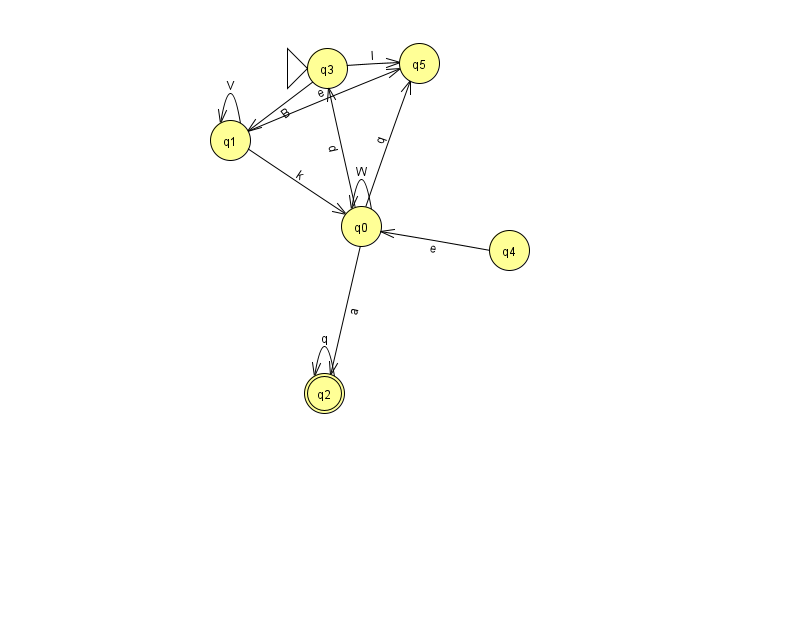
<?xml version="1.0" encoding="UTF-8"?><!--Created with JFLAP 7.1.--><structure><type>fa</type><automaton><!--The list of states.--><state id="0" name="q0"><x>361.0</x><y>213.0</y></state><state id="1" name="q1"><x>230.0</x><y>127.0</y></state><state id="2" name="q2"><x>324.0</x><y>380.0</y><final/></state><state id="3" name="q3"><x>327.0</x><y>55.0</y><initial/></state><state id="4" name="q4"><x>509.0</x><y>237.0</y></state><state id="5" name="q5"><x>419.0</x><y>50.0</y></state><!--The list of transitions.--><transition><from>2</from><to>2</to><read>q</read></transition><transition><from>3</from><to>5</to><read>I</read></transition><transition><from>1</from><to>1</to><read>V</read></transition><transition><from>0</from><to>0</to><read>W</read></transition><transition><from>0</from><to>5</to><read>q</read></transition><transition><from>1</from><to>5</to><read>e</read></transition><transition><from>3</from><to>1</to><read>B</read></transition><transition><from>4</from><to>0</to><read>e</read></transition><transition><from>0</from><to>3</to><read>d</read></transition><transition><from>0</from><to>2</to><read>a</read></transition><transition><from>1</from><to>0</to><read>k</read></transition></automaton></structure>